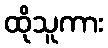
ထိုသူကား